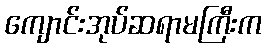
ကျောင်းအုပ်ဆရာမကြီးက